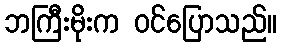
ဘကြီးမိုးက ဝင်ပြောသည်။